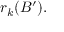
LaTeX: r _ { k } ( B ^ { \prime } ) .